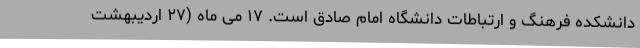
دانشکده فرهنگ و ارتباطات دانشگاه امام صادق است. ۱۷ می ماه (۲۷ اردیبهشت